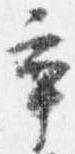
率